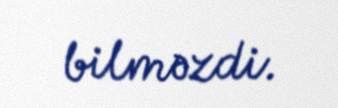
bilməzdi.